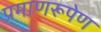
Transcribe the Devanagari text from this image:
प्रमाणरूपेण